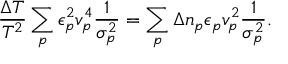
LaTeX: { \frac { \Delta T } { T ^ { 2 } } } \sum _ { p } \epsilon _ { p } ^ { 2 } { v } _ { p } ^ { 4 } { \frac { 1 } { { \sigma } _ { p } ^ { 2 } } } = \sum _ { p } \Delta n _ { p } \epsilon _ { p } { v } _ { p } ^ { 2 } { \frac { 1 } { { \sigma } _ { p } ^ { 2 } } } .